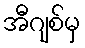
အီဂျစ်မှ